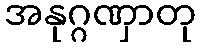
အနုဂ္ဂဏှာတု